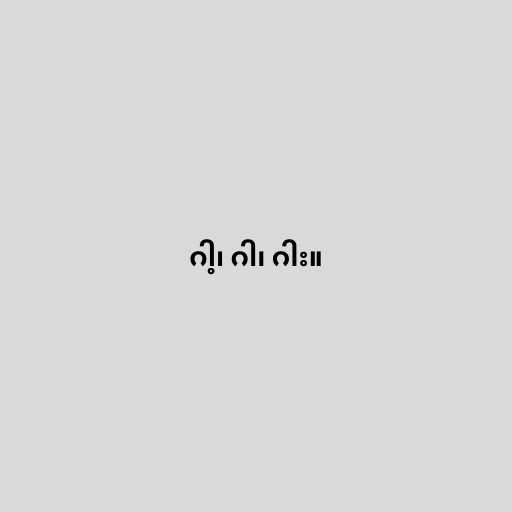
ဂါ့၊ ဂါ၊ ဂါး။